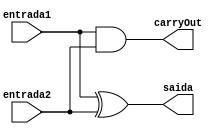
// ------------------------- 
// Exemplo0021 - COMPLEMENTO DE 2
// Nome: Michelle Da Costa Silva 
// ------------------------- 

// ------------------------- 
// Complemento de 2
// ------------------------- 

  module halfAdder (output saida, output carryOut, input entrada1, input entrada2); 

		xor XOR1 (saida, entrada1, entrada2);
      and AND1 (carryOut, entrada1, entrada2);
       
	 endmodule // halfAdder

  module C2 (output [3:0]saida, output carryOut, input [3:0]entrada, input carryIn); 

      wire [3:0]saida_not;
		wire [2:0]s;
		
		not NOT1 (saida_not[0], entrada[0]);
		not NOT2 (saida_not[1], entrada[1]);
		not NOT3 (saida_not[2], entrada[2]);
		not NOT4 (saida_not[3], entrada[3]);
		
		halfAdder HA1 (saida[0], s[0], saida_not[0], carryIn);
		halfAdder HA2 (saida[1], s[1], saida_not[1], s[0]);
		halfAdder HA3 (saida[2], s[2], saida_not[2], s[1]);
		halfAdder HA4 (saida[3], carryOut, saida_not[3], s[2]);
		
    endmodule // C2

// ------------------------- 
// -- test Complemento de 2
// -------------------------
    
	  module test_C2; 

// ------------------------- definir dados 
    
	 reg  [3:0]x;
	 reg cIn;
	 wire [3:0]s;
	 wire cOut;

// ------------------------- instancia 
	 
     C2 modulo (s, cOut, x, cIn);
	  
// ------------------------- parte principal 

    initial begin 
    $display("Exemplo0025 - Michelle da Costa Silva - 427448"); 
    $display("Test ALU's complemento de 2 \n");
	 $display("x  --->  saida \n");

     #1 x = 4'b0001; cIn = 1;
	 $monitor("%4b  ---> %b %4b", x, cOut, s);
	  #1 x = 4'b1010; 
     #1 x = 4'b1110;
     #1 x = 4'b0100;
     #1 x = 4'b0011;
	  #1 x = 4'b0000;	 
     #1 x = 4'b1011;
		
     end 
   endmodule // C2